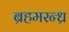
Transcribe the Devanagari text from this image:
ब्रहमरन्ध्र